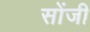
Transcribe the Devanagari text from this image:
सोंजी